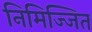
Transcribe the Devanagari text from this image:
निमिज्जित